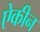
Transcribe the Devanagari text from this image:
ऐकीन